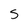
Character: 5